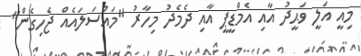
މިއީ އަލީ ވަޙީދު އާއި އެމްޑީޕީ އާއި ދެމެދު މިހާރު "މައްސަލައެއް ޖެހިގެން"